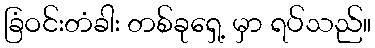
ခြံဝင်းတံခါး တစ်ခုရှေ့ မှာ ရပ်သည်။